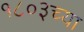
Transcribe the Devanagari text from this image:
१८०३च्या